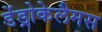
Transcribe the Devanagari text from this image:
डेंड्रोकेलैमस